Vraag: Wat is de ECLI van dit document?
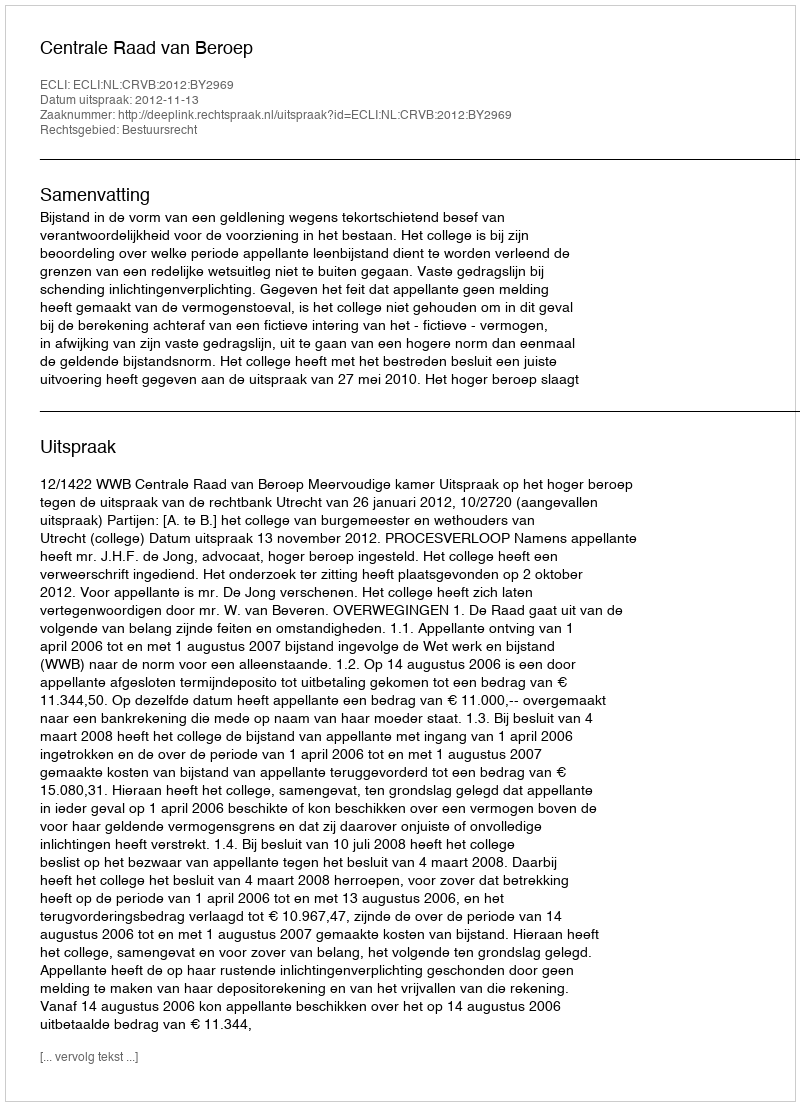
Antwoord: ECLI:NL:CRVB:2012:BY2969